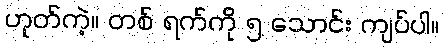
ဟုတ်ကဲ့။ တစ် ရက်ကို ၅ သောင်း ကျပ်ပါ။